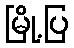
မြို့ပြ